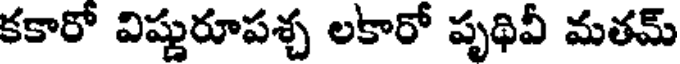
కకారో విష్ణురూపశ్చ లకారో పృథివీ మతమ్